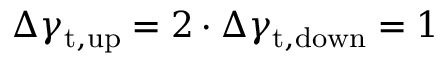
\Delta \gamma _ { \mathrm { t , u p } } = 2 \cdot \Delta \gamma _ { \mathrm { t , d o w n } } = 1